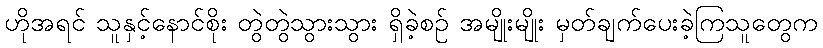
ဟိုအရင် သူနှင့်နောင်စိုး တွဲတွဲသွားသွား ရှိခဲ့စဉ် အမျိုးမျိုး မှတ်ချက်ပေးခဲ့ကြသူတွေက